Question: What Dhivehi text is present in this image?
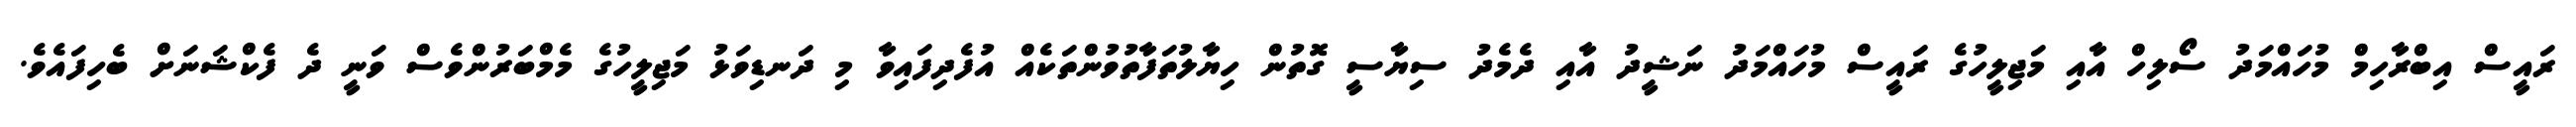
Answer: ރައީސް އިބްރާހިމް މުހައްމަދު ސޯލިހް އާއި މަޖިލީހުގެ ރައީސް މުހައްމަދު ނަޝީދު އާއި ދެމެދު ސިޔާސީ ގޮތުން ހިޔާލުތަފާތުވުންތަކެއް އުފެދިފައިވާ މި ދަނޑިވަޅު މަޖިލީހުގެ މެމްބަރުންވެސް ވަނީ ދެ ފެކްޝަނަށް ބެހިފައެވެ.